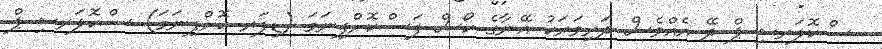
ސްކޮލަރޝިޕް ދޭ އެއްވެސް ދަރިވަރަކު އޭނާގެ ކޯސް ފަސްކޮށްފިނަމަ (ޑިފަރ ކޮށްފިނަމަ) ސްކޮލަރޝިޕް